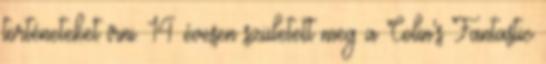
történeteket írni. 14 évesen született meg a Colin's Fantastic